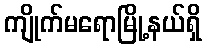
ကျိုက်မရောမြို့နယ်ရှိ